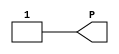
// $Header: /devl/xcs/repo/env/Databases/CAEInterfaces/xec_libs/data/unisims/VCC.v,v 1.1 2005/05/10 01:20:09 wloo Exp $

/*

FUNCTION	: VCC cell

*/

`celldefine
`timescale  100 ps / 10 ps

module VCC(P);

    output P;

	assign P = 1'b1;

endmodule